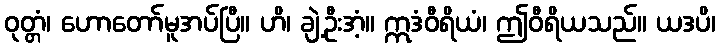
ဝုတ္တံ၊ ဟောတော်မူအပ်ပြီ။ ဟိ၊ ချဲ့ဦးအံ့။ ဣဒံဝီရိယံ၊ ဤဝီရိယသည်။ ယဒပိ၊